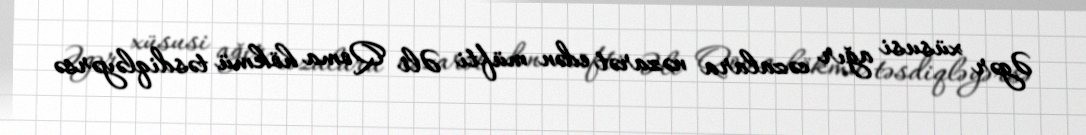
Əgər xüsusi ağır cəzalara nəzarət edən müfti Əli Qoma hökmü təsdiqləyərsə